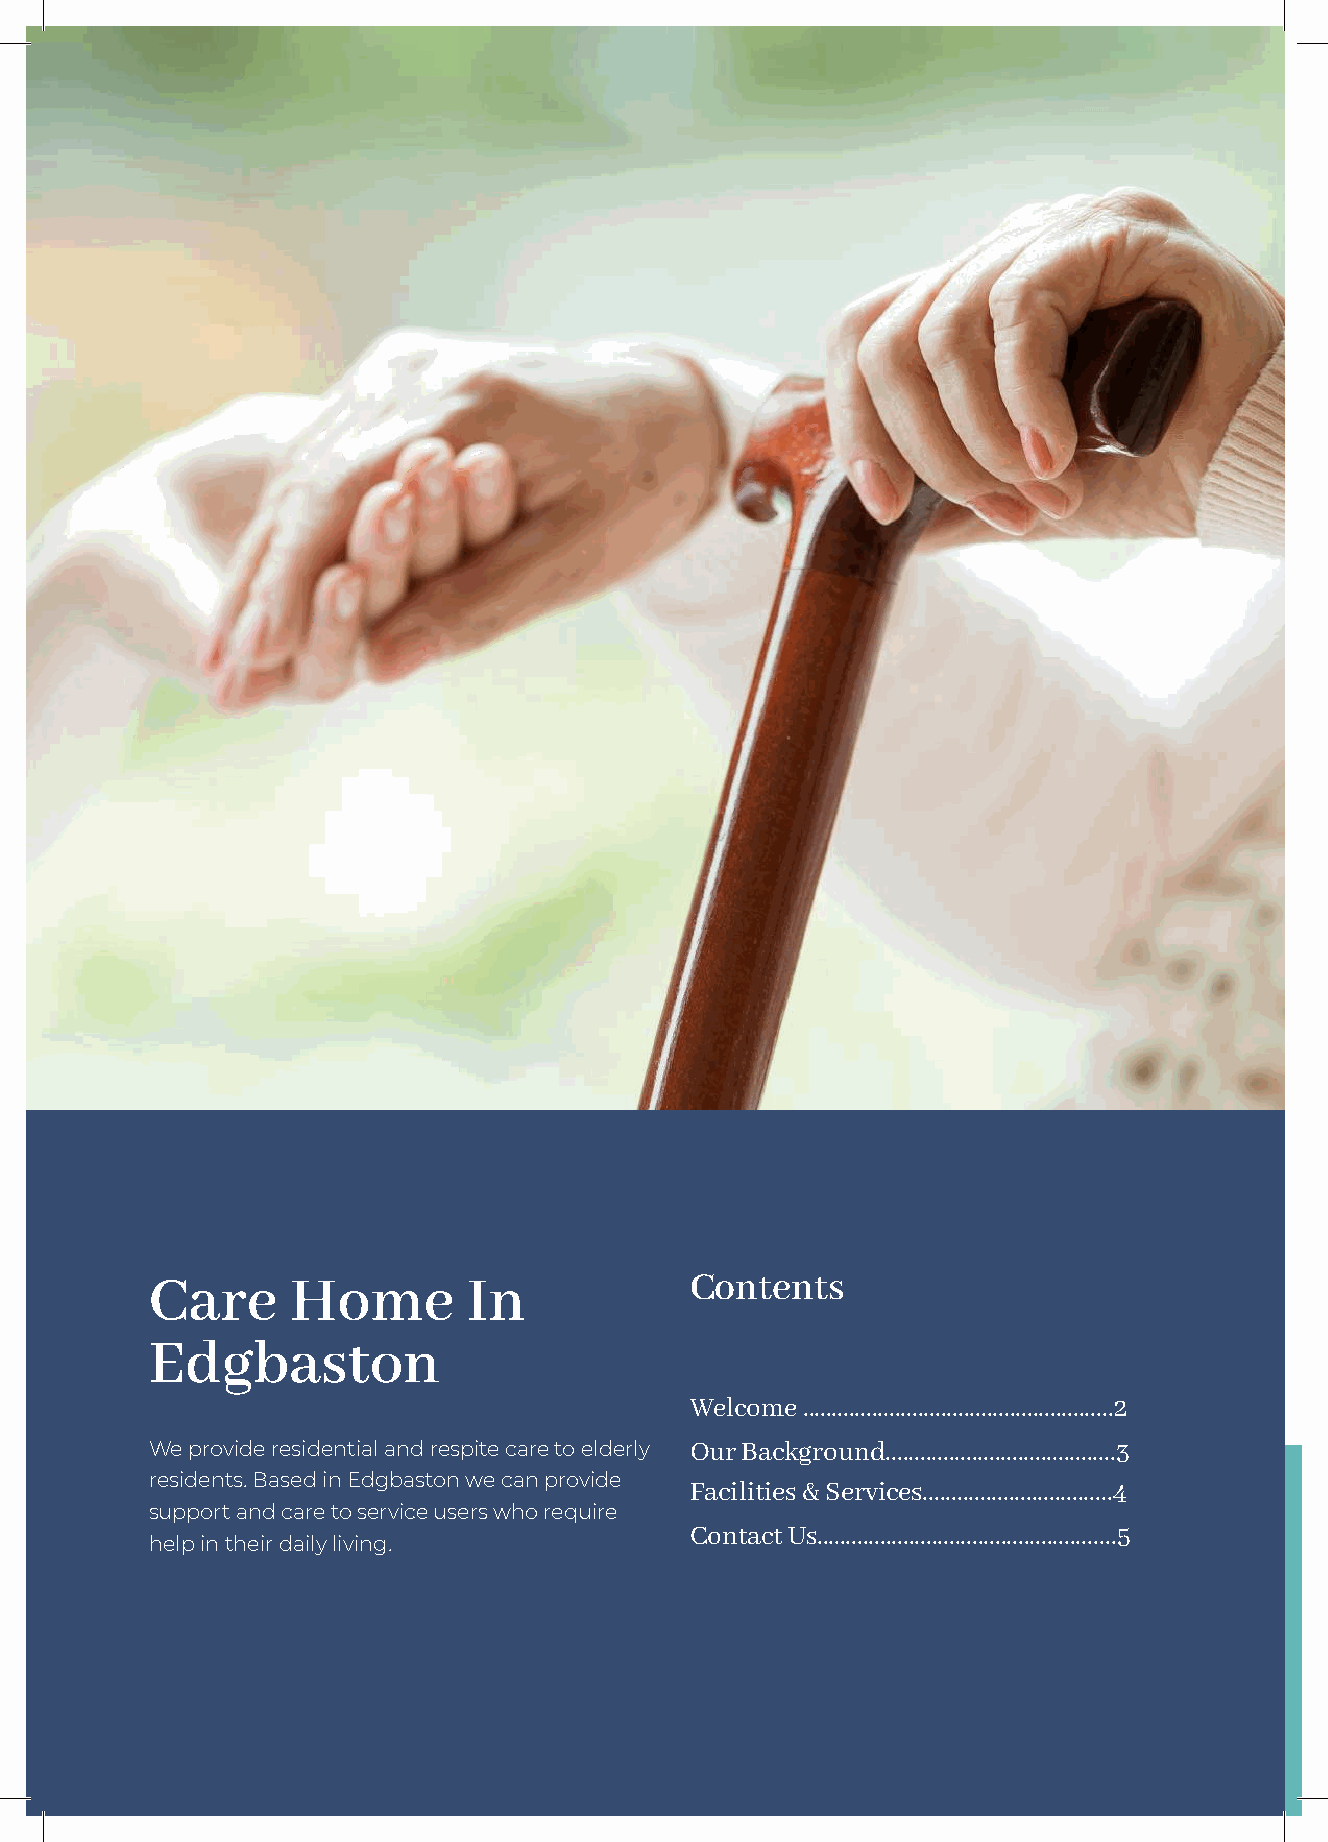
Care     Home        In             Contents
 Edgbaston
 Welcome ......................................................2
 We provide residential and respite care to elderly Our Background........................................3
 residents. Based in Edgbaston we can provide
 Facilities & Services.................................4
 support and care to service users who require
 Contact Us....................................................5
 help in their daily living.